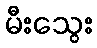
မီးသွေး